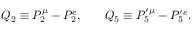
\begin{array} { r l r } { Q _ { 2 } \equiv P _ { 2 } ^ { \mu } - P _ { 2 } ^ { e } , } & { { } } & { Q _ { 5 } \equiv P _ { 5 } ^ { \prime \mu } - P _ { 5 } ^ { \prime e } . } \end{array}